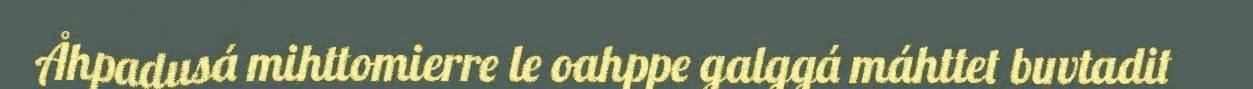
Åhpadusá mihttomierre le oahppe galggá máhttet buvtadit